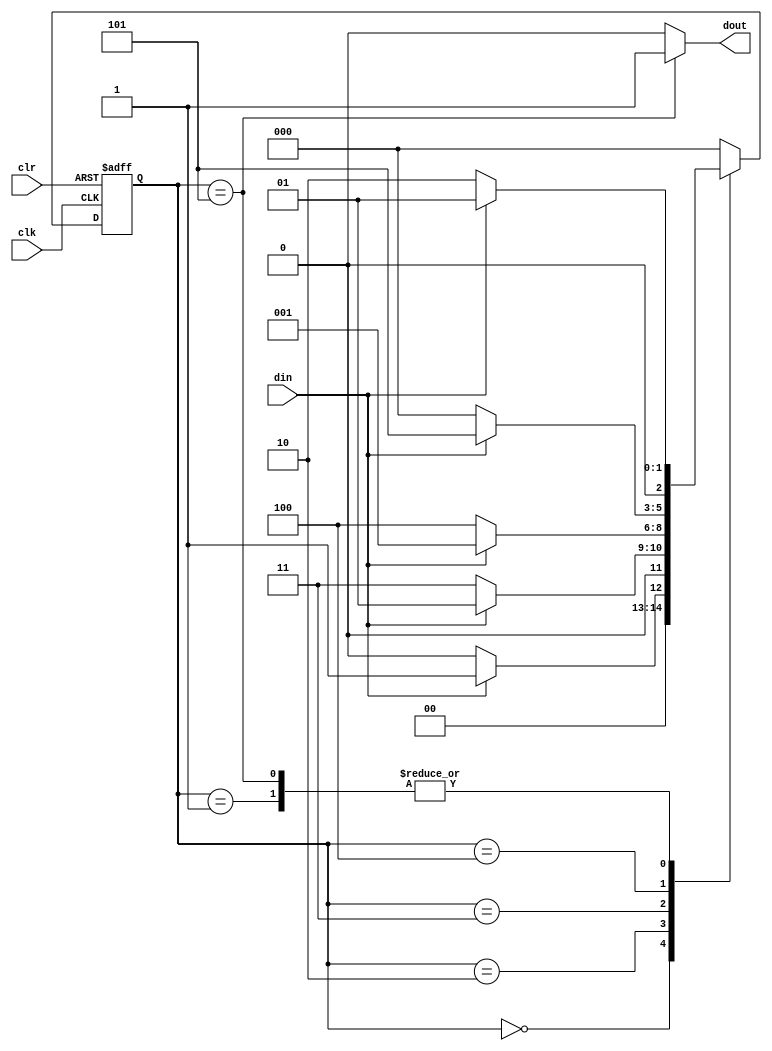
module seqdetea(
    input wire clk,
    input wire clr,
    input wire din,
    output reg dout
);
    reg [2:0] present_state, next_state;
    parameter S0 = 3'b000, S1 = 3'b001, S2 = 3'b010, S3 = 3'b011, S4 = 3'b100 , S5 = 3'b101;

    always @(posedge clk or posedge clr) begin
        if (clr == 1) begin
            present_state <= S0;
        end    
        else begin
            present_state <= next_state;
		end
    end

    always @(*) begin
        case (present_state)    // 10001
            S0: if (din==1) begin
                next_state <= S1;
            end
            else begin
                next_state <= S0;
            end

            S1: if (din==0) begin
                next_state <= S2;
            end
            else begin
                next_state <= S1;
            end

            S2: if (din==0) begin
                next_state <= S3;
            end
            else begin
                next_state <= S1;
            end

            S3: if (din==0) begin
                next_state <= S4;
            end
            else begin
                next_state <= S1;
            end

            S4: if (din==1) begin
                next_state <= S5;
            end
            else begin
                next_state <= S0;
            end
            
            S5: if (din==1) begin
                next_state <= S1;
            end
            else begin
                next_state <= S2;
            end
            default: next_state <= S0;
        endcase
    end


    always @(*) begin
        if (present_state == S5) begin
            dout = 1;
        end 
        else begin
            dout = 0;
        end
    end

endmodule